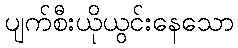
ပျက်စီးယိုယွင်းနေသော